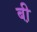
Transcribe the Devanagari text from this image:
बी़